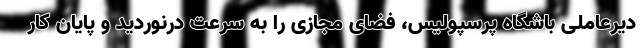
دیرعاملی باشگاه پرسپولیس، فضای مجازی را به سرعت درنوردید و پایان کار